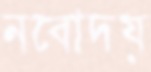
নবোদয়